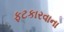
ફટકારવાના